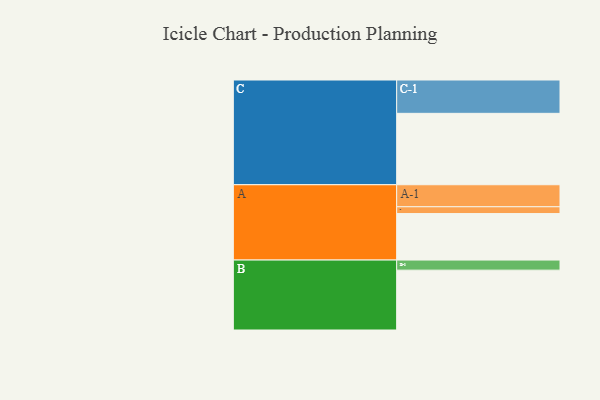
{"axis": {"x": "Segment", "y": "Value"}, "legend": ["", "A", "B", "C"], "data": [{"x": "A", "y": 382, "type": ""}, {"x": "B", "y": 492, "type": ""}, {"x": "C", "y": 587, "type": ""}, {"x": "A-1", "y": 181, "type": "A"}, {"x": "A-2", "y": 56, "type": "A"}, {"x": "B-1", "y": 83, "type": "B"}, {"x": "C-1", "y": 274, "type": "C"}]}